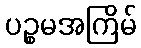
ပဉ္စမအကြိမ်